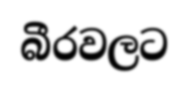
බීරවලට